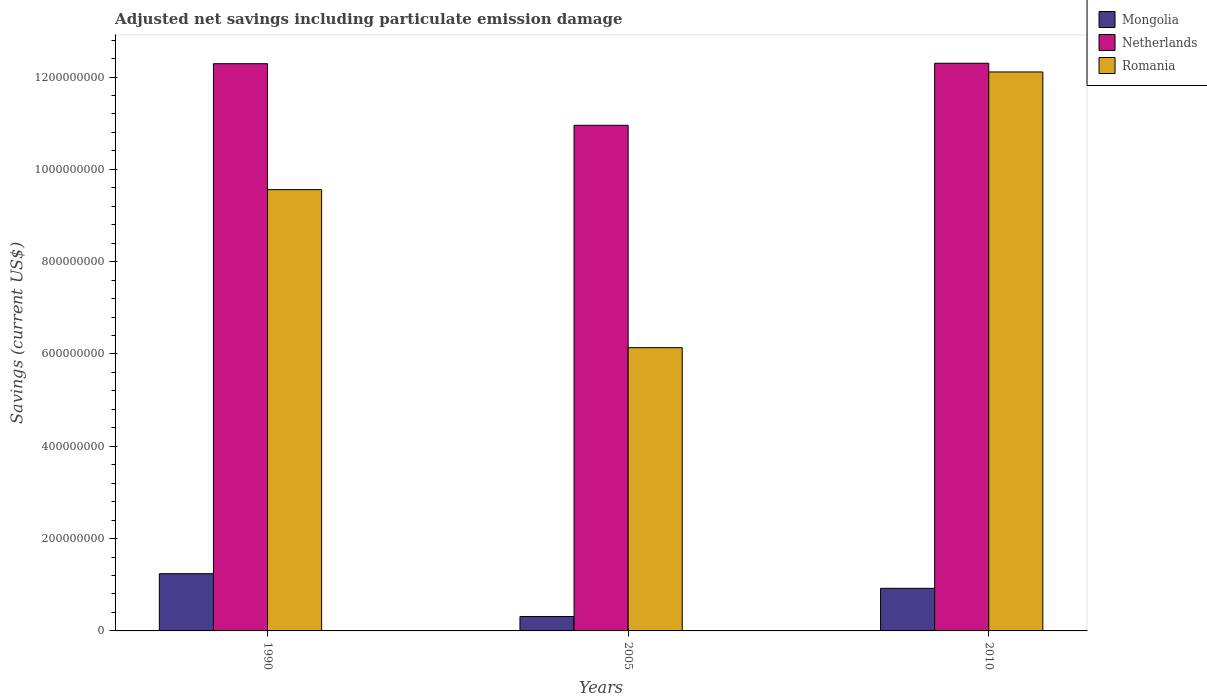
| Years | Mongolia | Netherlands | Romania |
 | --- | --- | --- | --- |
 | 1990 | 1.24e+08 | 1.23e+09 | 9.56e+08 |
 | 2005 | 3.13e+07 | 1.1e+09 | 6.14e+08 |
 | 2010 | 9.23e+07 | 1.23e+09 | 1.21e+09 |